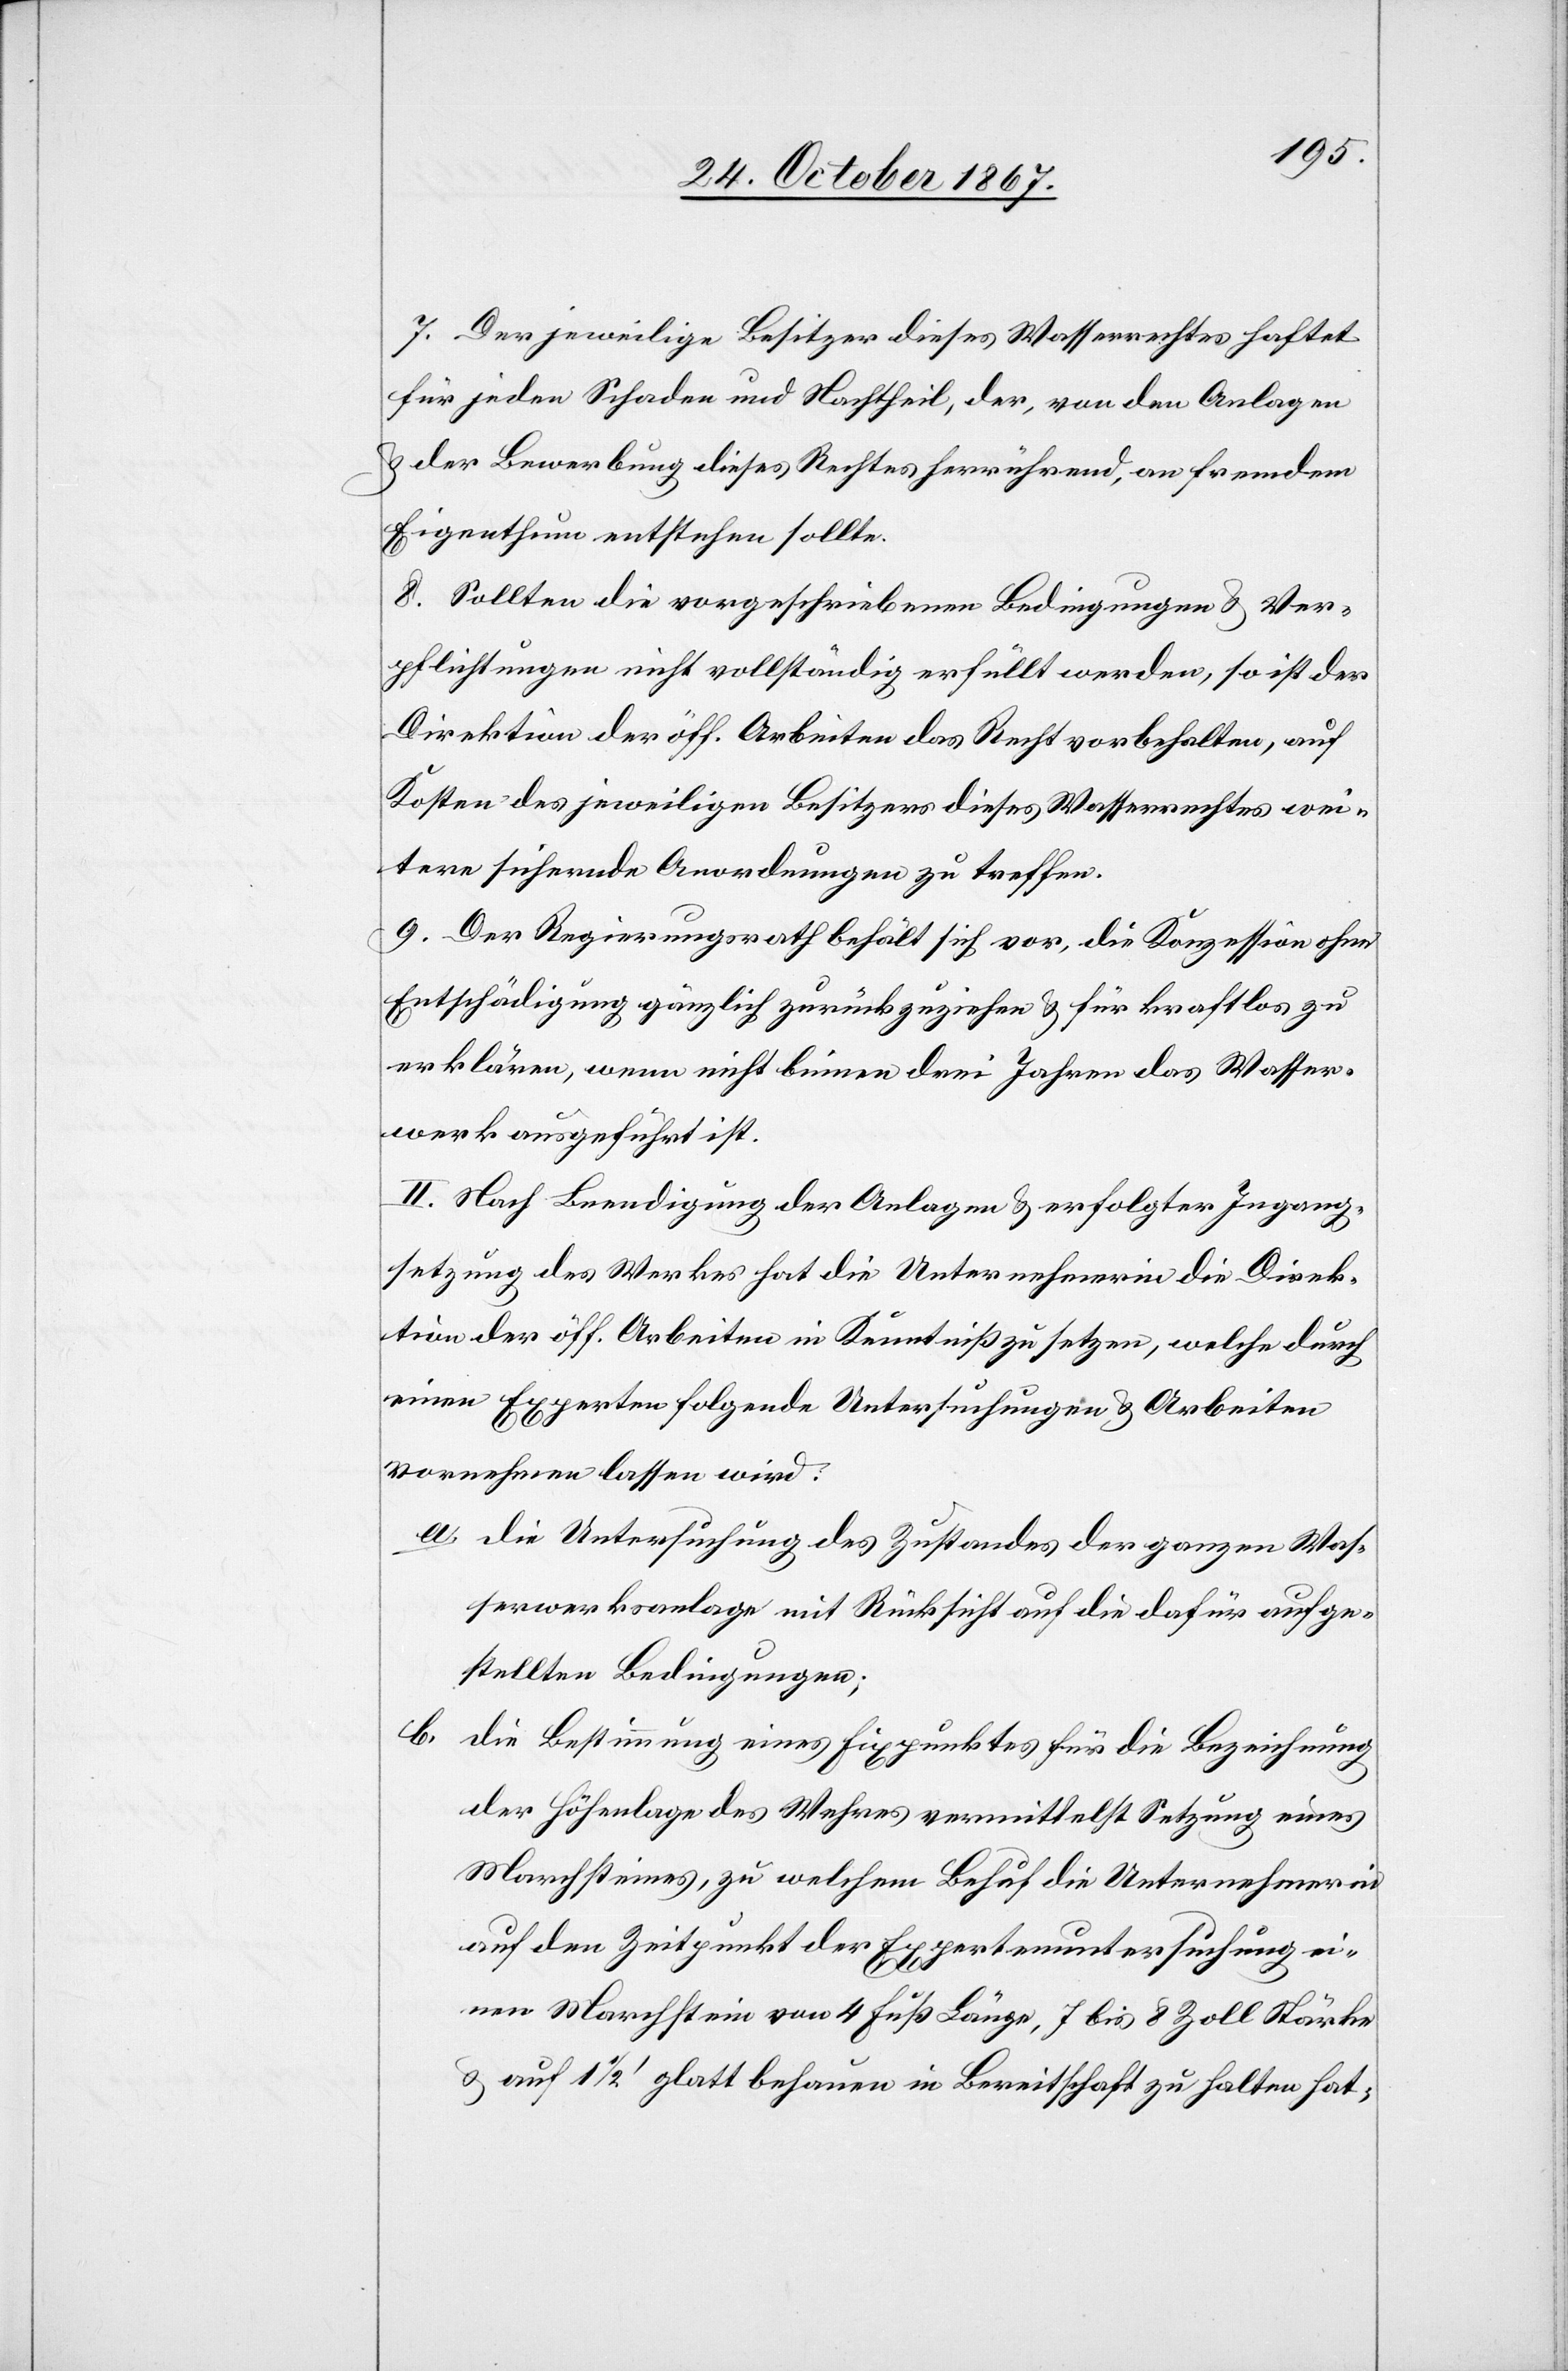
7. Der jeweilige Besitzer dieses Wasserrechtes haftet
für jeden Schaden und Nachtheil, der, von den Anlagen
u. der Bewerbung dieses Rechtes herrührend, an fremdem
Eigenthum entstehen sollte.
8. Sollten die vorgeschriebenen Bedingungen u. Ver¬
pflichtungen nicht vollständig erfüllt werden, so ist der
Direktion der öff. Arbeiten das Recht vorbehalten, auf
Kosten des jeweiligen Besitzers dieses Wasserrechtes wei¬
tere sichernde Anordnungen zu treffen.
9. Der Regierungsrath behält sich vor, die Konzession ohne
Entschädigung gänzlich zurückzuziehen u. für kraftlos zu
erklären, wenn nicht binnen drei Jahren das Wasser¬
werk ausgeführt ist.
II. Nach Beendigung der Anlagen u. erfolgter Ingang¬
setzung des Werkes hat die Unternehmerin die Direk¬
tion der öff. Arbeiten in Kenntniß zu setzen, welche durch
einen Experten folgende Untersuchungen u. Arbeiten
vornehmen lassen wird:
a. die Untersuchung des Zustandes der ganzen Was¬
serwerksanlage mit Rücksicht auf die dafür aufge¬
stellten Bedingungen;
b.
die Bestimmung eines Fixpunktes für die Bezeichnung
der Höhenlage des Wehres vermittelst Setzung eines
Marchsteines, zu welchem Behuf die Unternehmerin
auf den Zeitpunkt der Expertenuntersuchung ei¬
nen Marchstein von 4 Fuß Länge, 7 bis 8 Zoll Stärke
u. auf 1 ½‘ glatt behauen in Bereitschaft zu halten hat;